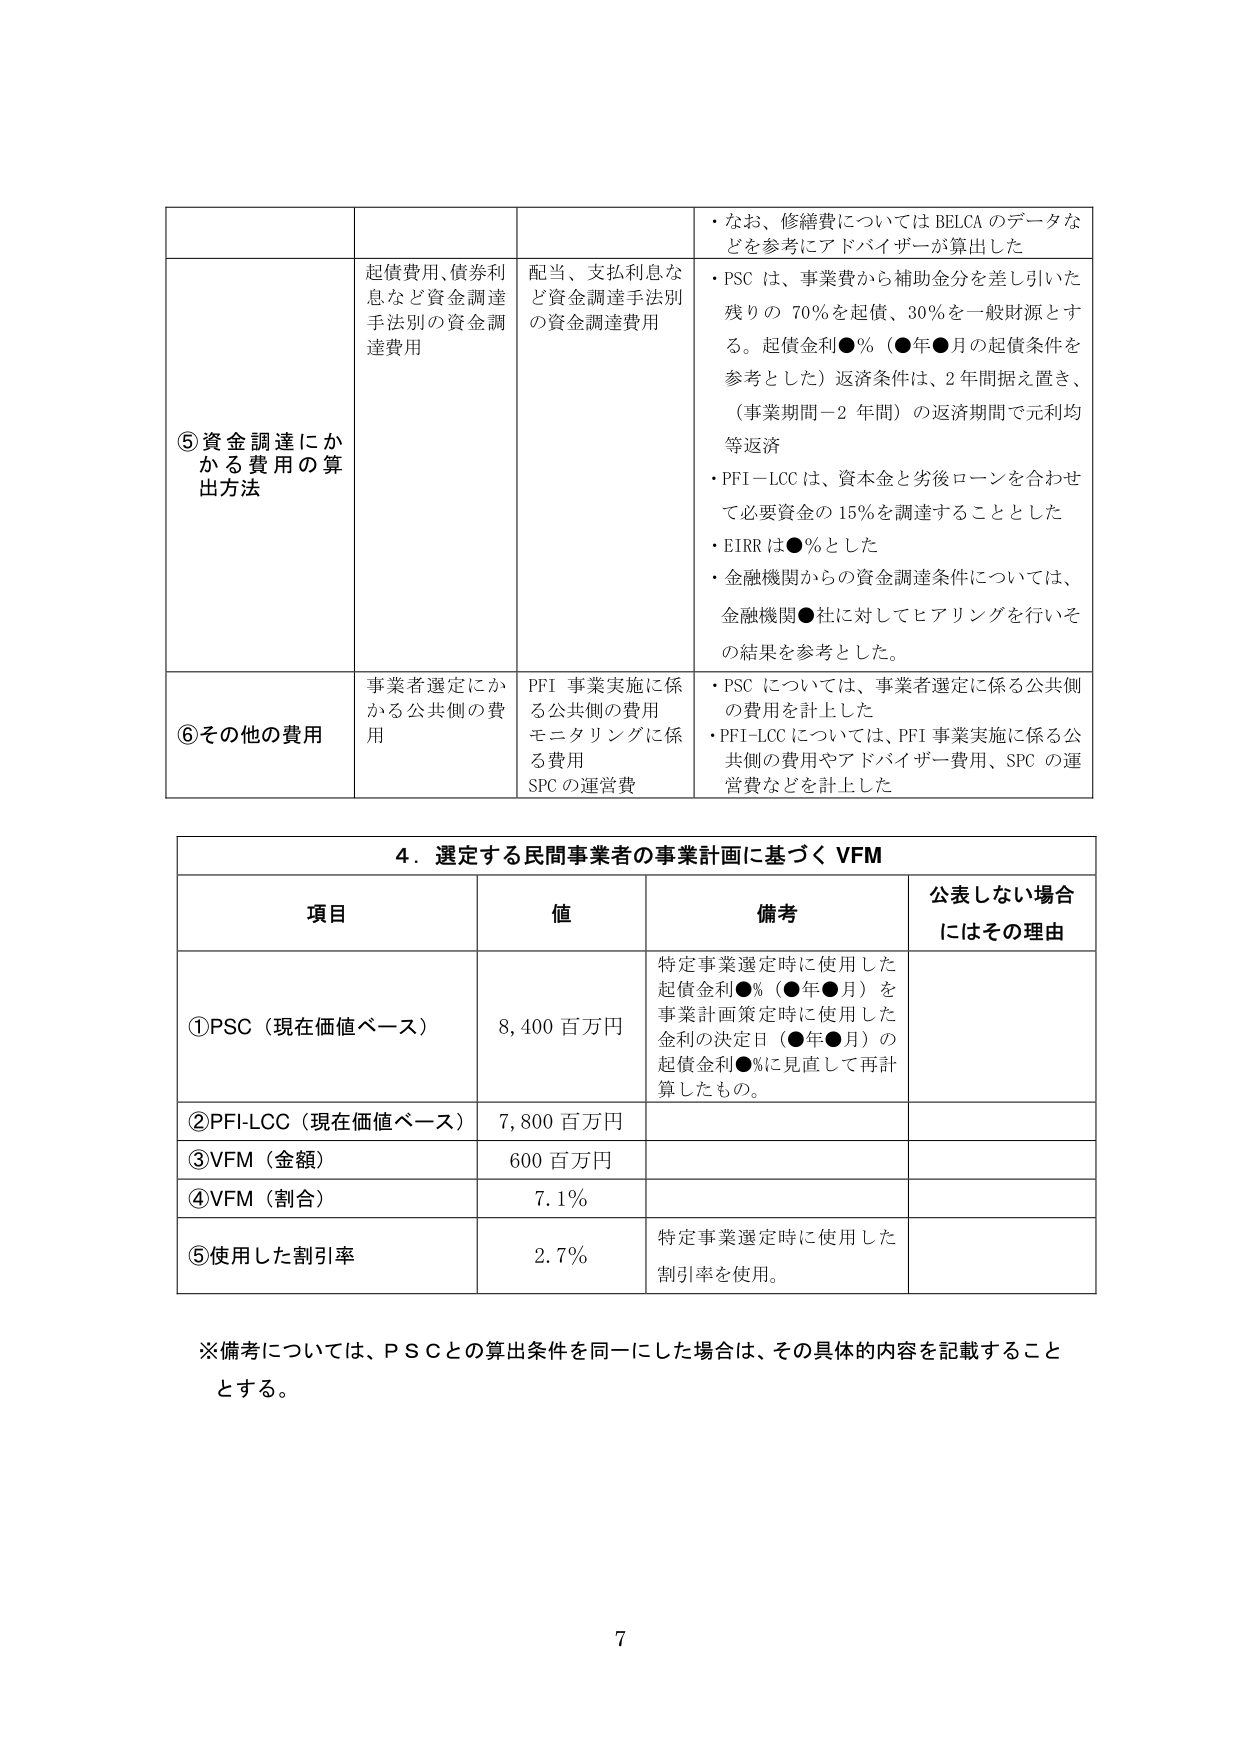
⑤資金調達にかかる費用の算出方法
起債費用、債券利息など資金調達手法別の資金調達費用
配当、支払利息など資金調達手法別の資金調達費用
・なお、修繕費についてはBELCAのデータなどを参考にアドバイザーが算出した
・PSCは、事業費から補助金分を差し引いた残りの70％を起債、30％を一般財源とする。起債金利●％（●年●月の起債条件を参考とした）返済条件は、2年間据え置き、（事業期間－2年間）の返済期間で元利均等返済
・PFI-LCCは、資本金と劣後ローンを合わせて必要資金の15％を調達することとした
・EIRRは●％とした
・金融機関からの資金調達条件については、金融機関●社に対してヒアリングを行いその結果を参考とした。

⑥その他の費用
事業者選定にかかる公共側の費用
PFI事業実施に係る公共側の費用
モニタリングに係る費用
SPCの運営費
・PSCについては、事業者選定に係る公共側の費用を計上した
・PFI-LCCについては、PFI事業実施に係る公共側の費用やアドバイザー費用、SPCの運営費などを計上した

4．選定する民間事業者の事業計画に基づくVFM
項目 値 備考 公表しない場合にはその理由
①PSC（現在価値ベース） 8,400百万円 特定事業選定時に使用した起債金利●％（●年●月）を事業計画策定時に使用した金利の決定日（●年●月）の起債金利●％に見直して再計算したもの。
②PFI-LCC（現在価値ベース） 7,800百万円
③VFM（金額） 600百万円
④VFM（割合） 7.1％
⑤使用した割引率 2.7％ 特定事業選定時に使用した割引率を使用。

※備考については、PSCとの算出条件を同一にした場合は、その具体的内容を記載することとする。

7